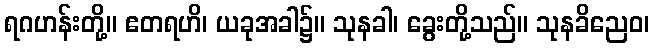
ရဂဟန်းတို့။ ဧတရဟိ၊ ယခုအခါ၌။ သုနခါ၊ ခွေးတို့သည်။ သုနခိညေဝ၊